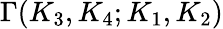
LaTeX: \Gamma(K_{3},K_{4};K_{1},K_{2})